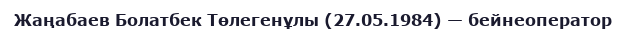
Жаңабаев Болатбек Төлегенұлы (27.05.1984) — бейнеоператор